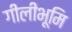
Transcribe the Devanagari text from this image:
गीलीभूमि